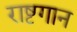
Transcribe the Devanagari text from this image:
राष्टगान